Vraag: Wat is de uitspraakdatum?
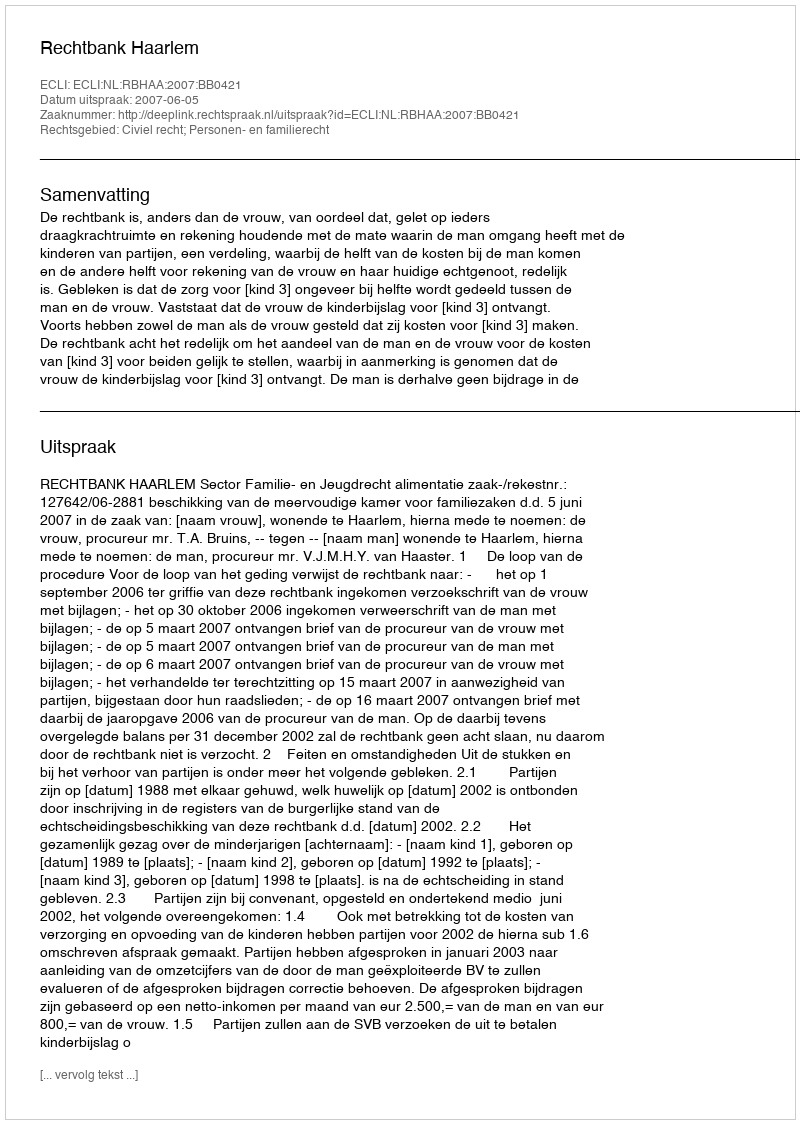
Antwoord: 2007-06-05